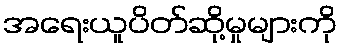
အရေးယူပိတ်ဆို့မှုများကို